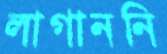
লাগাননি